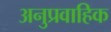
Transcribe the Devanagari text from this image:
अनुप्रवाहिक